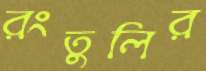
রংতুলির